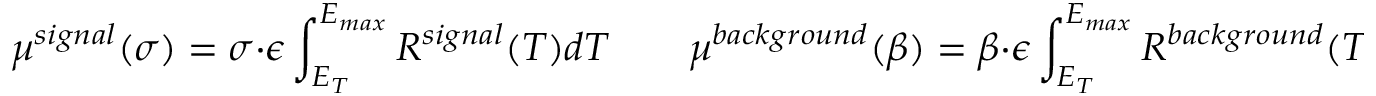
\mu ^ { s i g n a l } ( \sigma ) = \sigma \cdot \epsilon \int _ { E _ { T } } ^ { E _ { m a x } } R ^ { s i g n a l } ( T ) d T \qquad \mu ^ { b a c k g r o u n d } ( \beta ) = \beta \cdot \epsilon \int _ { E _ { T } } ^ { E _ { m a x } } R ^ { b a c k g r o u n d } ( T ) d T